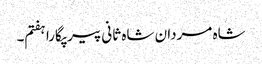
شاہ مردان شاہ ثانی پیر پگارا ہفتم۔